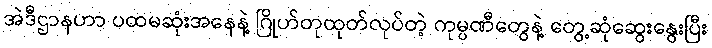
အဲဒီဌာနဟာ ပထမဆုံးအနေနဲ့ ဂြိုဟ်တုထုတ်လုပ်တဲ့ ကုမ္ပဏီတွေနဲ့ တွေ့ဆုံဆွေးနွေးပြီး